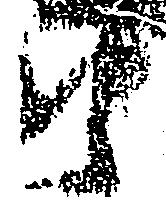
由